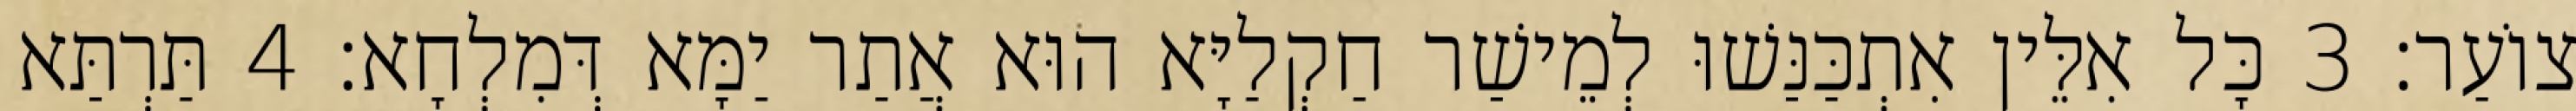
צוֹעַר׃ 3 כָּל אִלֵּין אִתְכַּנַּשׁוּ לְמֵישַׁר חַקְלַיָּא הוּא אֲתַר יַמָּא דְּמִלְחָא׃ 4 תַּרְתַּא